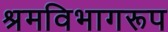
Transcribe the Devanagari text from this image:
श्रमविभागरूप